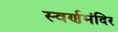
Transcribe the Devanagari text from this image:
स्वर्णमंदिर